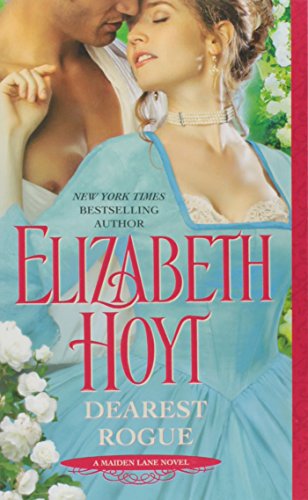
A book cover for Dearest Rogue (Maiden Lane); Elizabeth Hoyt; Romance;